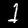
Digit: 1